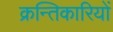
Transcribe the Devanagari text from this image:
क्रन्तिकारियों